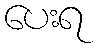
ပေးရ